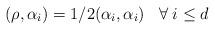
LaTeX: \begin{align*}(\rho ,\alpha_{i}) = 1/2 (\alpha_{i}, \alpha_{i})\:\:\:\: \forall \: i \leq d\end{align*}